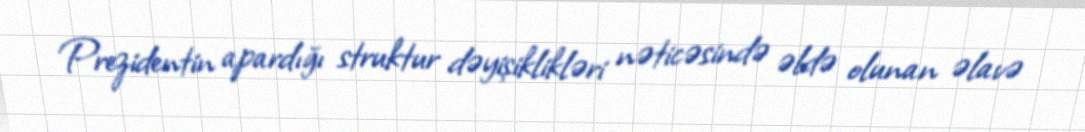
Prezidentin apardığı struktur dəyişiklikləri nəticəsində əldə olunan əlavə